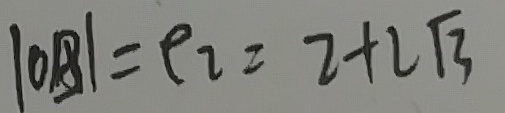
\vert O B \vert = e _ { 2 } = 2 + 2 \sqrt { 3 }